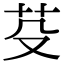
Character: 芟